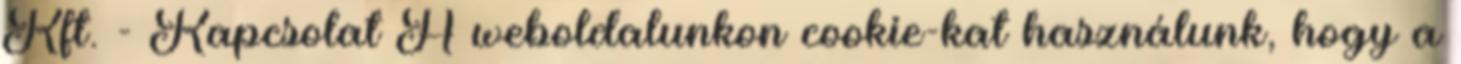
Kft. - Kapcsolat A weboldalunkon cookie-kat használunk, hogy a